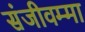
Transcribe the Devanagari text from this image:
संजीवम्मा